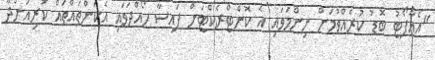
"އެއާޕޯޓު ބޮޑު ކުރެއްވުމަށް ނިންމަވައި އެ ކޮންޓްރެކްޓަށް ފައިސާ ހޯއްދަވައި އެކަންތައްތައް ކުރިއަށްދާ